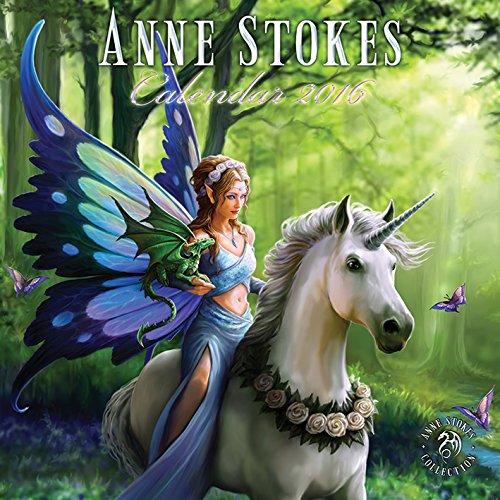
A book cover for Anne Stokes 2016 "The Realms" 16 Month Wall Calendar; Calendars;